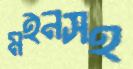
মইনসহ